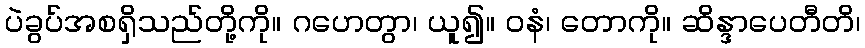
ပဲခွပ်အစရှိသည်တို့ကို။ ဂဟေတွာ၊ ယူ၍။ ဝနံ၊ တောကို။ ဆိန္ဒာပေတီတိ၊